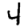
Digit: 4